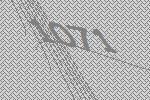
1071